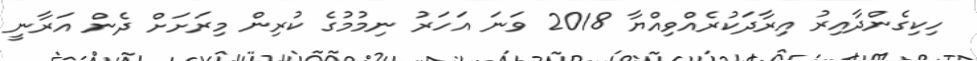
ހިކިގެންދާއިރު އިރާދަކުރެއްވިއްޔާ 2018 ވަނަ އަހަރު ނިމުމުގެ ކުރިން މިރަށަށް ދެން އަރާނީ